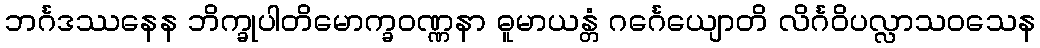
ဘင်္ဂဒဿနေန ဘိက္ခုပါတိမောက္ခဝဏ္ဏနာ ဓူမာယန္တံ ဂင်္ဂေယျောတိ လိင်္ဂဝိပလ္လာသဝသေန